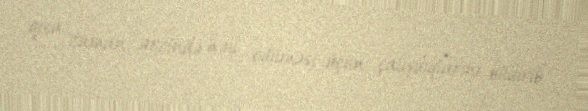
qısa zaman ərzində həll edilməsi üçün çalışdıqlarını bildirib.